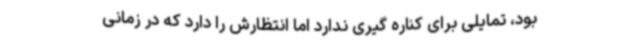
بود، تمایلی برای کناره گیری ندارد اما انتظارش را دارد که در زمانی